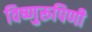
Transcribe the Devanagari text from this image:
विष्णुरूपिणी